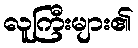
လူကြီးများ၏